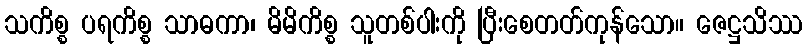
သကိစ္စ ပရကိစ္စ သာဓကာ၊ မိမိကိစ္စ သူတစ်ပါးကို ပြီးစေတတ်ကုန်သော။ ဇေဋ္ဌသိဿ